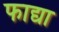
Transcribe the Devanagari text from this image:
फाद्या